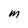
Character: M